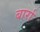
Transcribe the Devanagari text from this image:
बार्रा